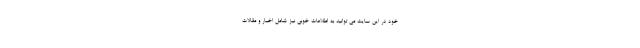
خود در این سایت می توانید به اطلاعات خوبی نیز شامل اخبار و مقالات